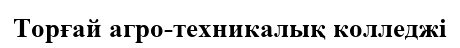
Торғай агро-техникалық колледжі